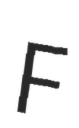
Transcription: F